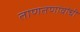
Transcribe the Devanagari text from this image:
ताणतणावांची